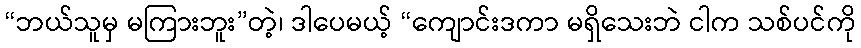
“ဘယ်သူမှ မကြားဘူး”တဲ့၊ ဒါပေမယ့် “ကျောင်းဒကာ မရှိသေးဘဲ ငါက သစ်ပင်ကို